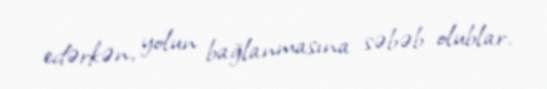
edərkən, yolun bağlanmasına səbəb olublar.